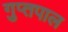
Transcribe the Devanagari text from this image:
गुप्तपाल